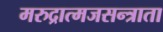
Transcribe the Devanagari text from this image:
मरुद्रात्मजसन्त्राता